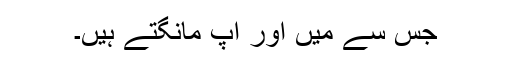
جس سے میں اور آپ مانگتے ہیں۔